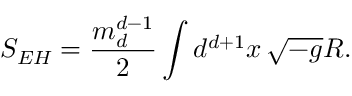
S _ { E H } = \frac { m _ { d } ^ { d - 1 } } { 2 } \int d ^ { d + 1 } x \, \sqrt { - g } R .